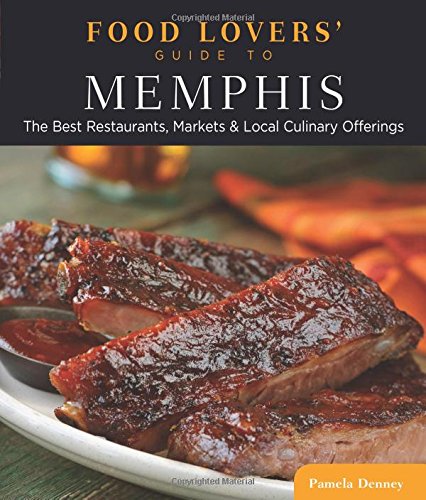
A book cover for Food Lovers' Guide toÂ® Memphis: The Best Restaurants, Markets & Local Culinary Offerings (Food Lovers' Series); Pamela Denney; Travel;